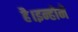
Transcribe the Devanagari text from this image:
है।इन्होने